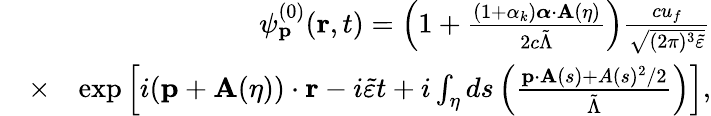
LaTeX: \begin{array}{rlr}&{}&{\psi_{\mathbf{p}}^{(0)}(\mathbf{r},t)=\left(1+\frac{(1+\alpha_{k}){\boldsymbol\alpha}\cdot\mathbf{A}(\eta)}{2c\tilde{\Lambda}}\right)\frac{cu_{f}}{\sqrt{(2\pi)^{3}\tilde{\varepsilon}}}}\\ &{\times}&{\exp\left[i(\mathbf{p}+\mathbf{A}(\eta))\cdot\mathbf{r}-i\tilde{\varepsilon}t+i\int_{\eta}ds\left(\frac{\mathbf{p}\cdot\mathbf{A}(s)+A(s)^{2}/2}{\tilde{\Lambda}}\right)\right],}\end{array}